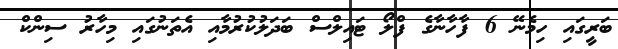
ބަރީގައި ހިމެނޭ 6 ފާހާނާގެ ފްލޯ ޓައިލްސް ބަދަލުކުރުމާއި އެތަނުގައި މިހާރު ސިންކް